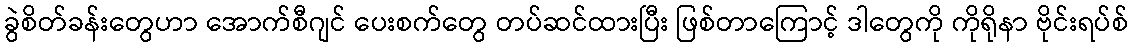
ခွဲစိတ်ခန်းတွေဟာ အောက်စီဂျင် ပေးစက်တွေ တပ်ဆင်ထားပြီး ဖြစ်တာကြောင့် ဒါတွေကို ကိုရိုနာ ဗိုင်းရပ်စ်